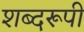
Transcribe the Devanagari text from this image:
शब्दरूपी